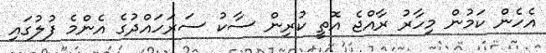
އެހެން ކަމުން މިހާރު ރާއްޖެ އޮތީ ކުރިން ސާކު ސަރަހައްދުގެ އެންމެ ފުލުގައި